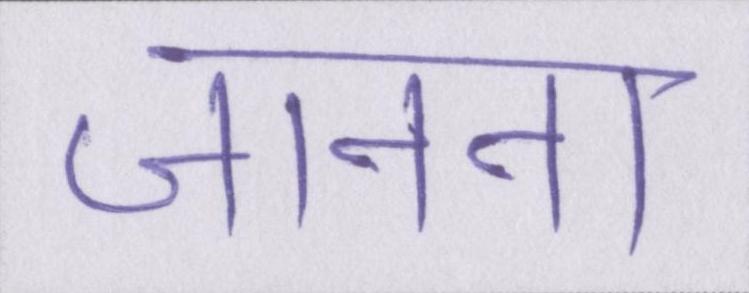
जानना